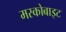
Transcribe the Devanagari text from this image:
मस्कोबाइट